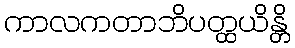
ကာလကတာဘိပတ္ထယိန္တိ